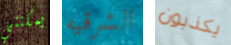
يمكنني الشرقيه يكذبون